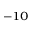
^ { - 1 0 }